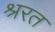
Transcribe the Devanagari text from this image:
श्ररत